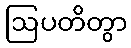
ဩပတိတွာ